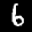
Label: 6